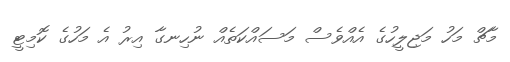
މާޗް މަހު މަޖިލީހުގެ އެއްވެސް މަސައްކަތެއް ނުހިނގާ އިރު އެ މަހުގެ ކޮމިޓީ